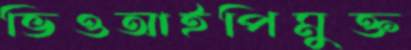
ভিওআইপিমুক্ত